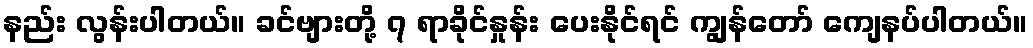
နည်း လွန်းပါတယ်။ ခင်ဗျားတို့ ၇ ရာခိုင်နှုန်း ပေးနိုင်ရင် ကျွန်တော် ကျေနပ်ပါတယ်။